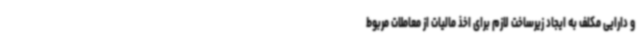
و دارایی مکلف به ایجاد زیرساخت لازم برای اخذ مالیات از معاملات مربوط